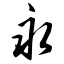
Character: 永